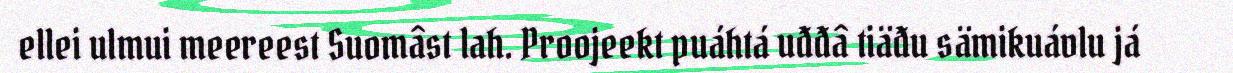
ellei ulmui meereest Suomâst lah. Proojeekt puáhtá uđđâ tiäđu sämikuávlu já